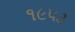
૧૯૫૩